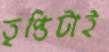
তৃপ্তিটাই